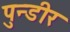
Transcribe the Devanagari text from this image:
पुन्डीर